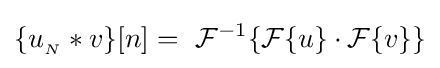
\{u_{_{N}}*v\}[n]=\ {\mathcal {F}}^{-1}\{{\mathcal {F}}\{u\}\cdot {\mathcal {F}}\{v\}\}